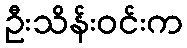
ဦးသိန်းဝင်းက